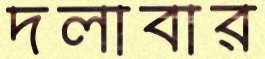
দলাবার